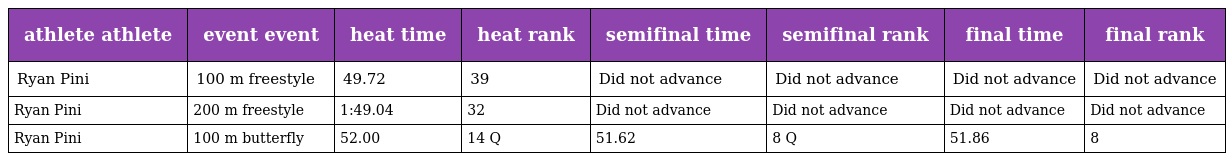
| athlete athlete | event event | heat time | heat rank | semifinal time | semifinal rank | final time | final rank |
 | --- | --- | --- | --- | --- | --- | --- | --- |
 | Ryan Pini | 100 m freestyle | 49.72 | 39 | Did not advance | Did not advance | Did not advance | Did not advance |
 | Ryan Pini | 200 m freestyle | 1:49.04 | 32 | Did not advance | Did not advance | Did not advance | Did not advance |
 | Ryan Pini | 100 m butterfly | 52.00 | 14 Q | 51.62 | 8 Q | 51.86 | 8 |